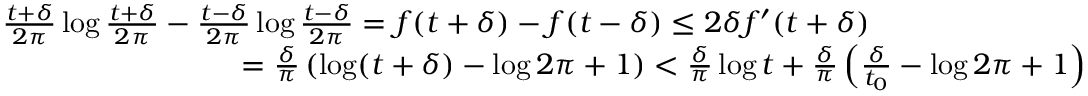
\begin{array} { r l } & { \frac { t + \delta } { 2 \pi } \log \frac { t + \delta } { 2 \pi } - \frac { t - \delta } { 2 \pi } \log \frac { t - \delta } { 2 \pi } = f ( t + \delta ) - f ( t - \delta ) \le 2 \delta f ^ { \prime } ( t + \delta ) } \\ & { \qquad \qquad \qquad \qquad = \frac { \delta } { \pi } \left( \log ( t + \delta ) - \log 2 \pi + 1 \right) < \frac { \delta } { \pi } \log t + \frac { \delta } { \pi } \left( \frac { \delta } { t _ { 0 } } - \log 2 \pi + 1 \right) } \end{array}